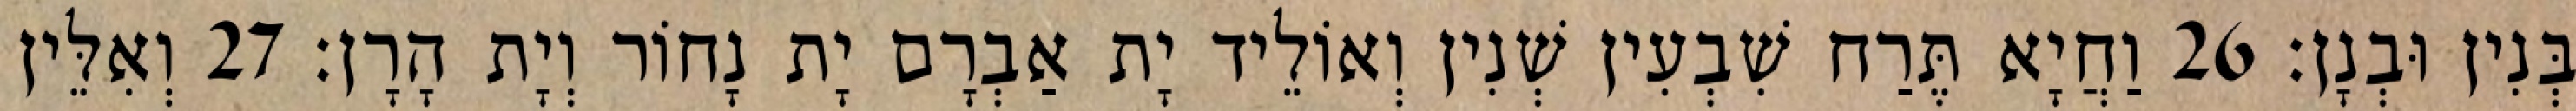
בְּנִין וּבְנָן׃ 26 וַחֲיָא תֶּרַח שִׁבְעִין שְׁנִין וְאוֹלֵיד יָת אַבְרָם יָת נָחוֹר וְיָת הָרָן׃ 27 וְאִלֵּין